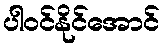
ပါဝင်နိုင်အောင်